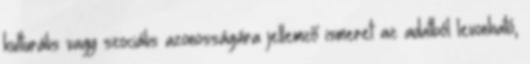
kulturális vagy szociális azonosságára jellemző ismeret az adatból levonható,